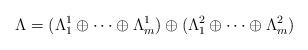
LaTeX: \begin{align*}\Lambda = (\Lambda_1^1 \oplus \cdots \oplus \Lambda_m^1) \oplus (\Lambda_1^2\oplus \cdots \oplus \Lambda_m^2)\end{align*}